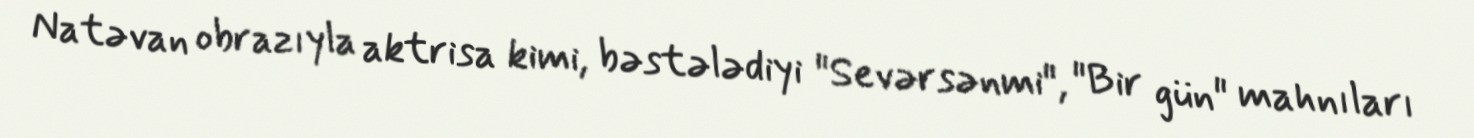
Natəvan obrazıyla aktrisa kimi, bəstələdiyi "Sevərsənmi", "Bir gün" mahnıları